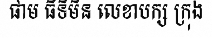
ផាម ធីទិមិន លេខាបក្ស ក្រុង